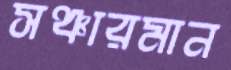
সঞ্চারমান